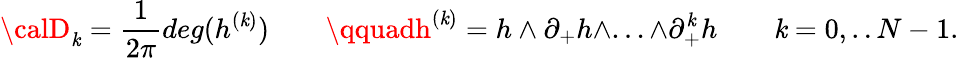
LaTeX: {\calD}_{\mathit{k}}=\frac{{1}}{{2\pi}}deg(h^{(\mathit{k})})\qquad\qquadh^{(\mathit{k})}=h\wedge\partial_{+}h\wedge...\wedge\partial_{+}^{\mathit{k}}h\qquad\mathit{k}=0,..N-1.